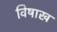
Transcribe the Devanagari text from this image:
विषाख